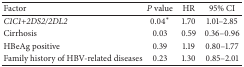
<table><thead><tr><td><b>Factor </b></td><td><b><i>P</i> value</b></td><td><b>HR</b></td><td><b>95% CI</b></td></tr></thead><tbody><tr><td><i>C1C1+2DS2/2DL2 </i></td><td>0.04*</td><td>1.70</td><td>1.01–2.85</td></tr><tr><td>Cirrhosis</td><td>0.03</td><td>0.59</td><td>0.36–0.96</td></tr><tr><td>HBeAg positive</td><td>0.39</td><td>1.19</td><td>0.80–1.77</td></tr><tr><td>Family history of HBV-related diseases</td><td>0.23</td><td>1.30</td><td>0.85–2.01</td></tr></tbody></table>